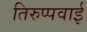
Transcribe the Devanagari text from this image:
तिरुप्पवाई